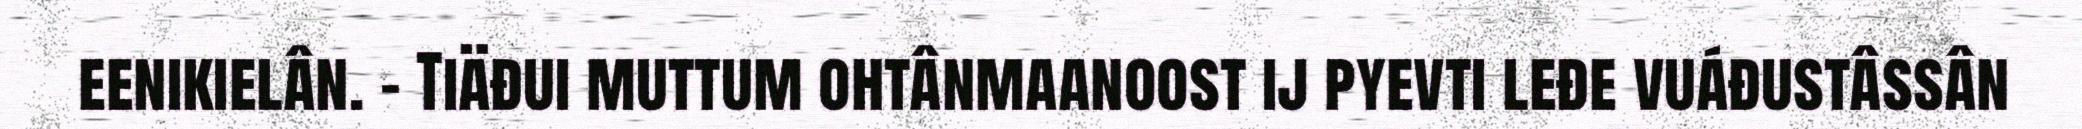
eenikielân. – Tiäđui muttum ohtânmaanoost ij pyevti leđe vuáđustâssân